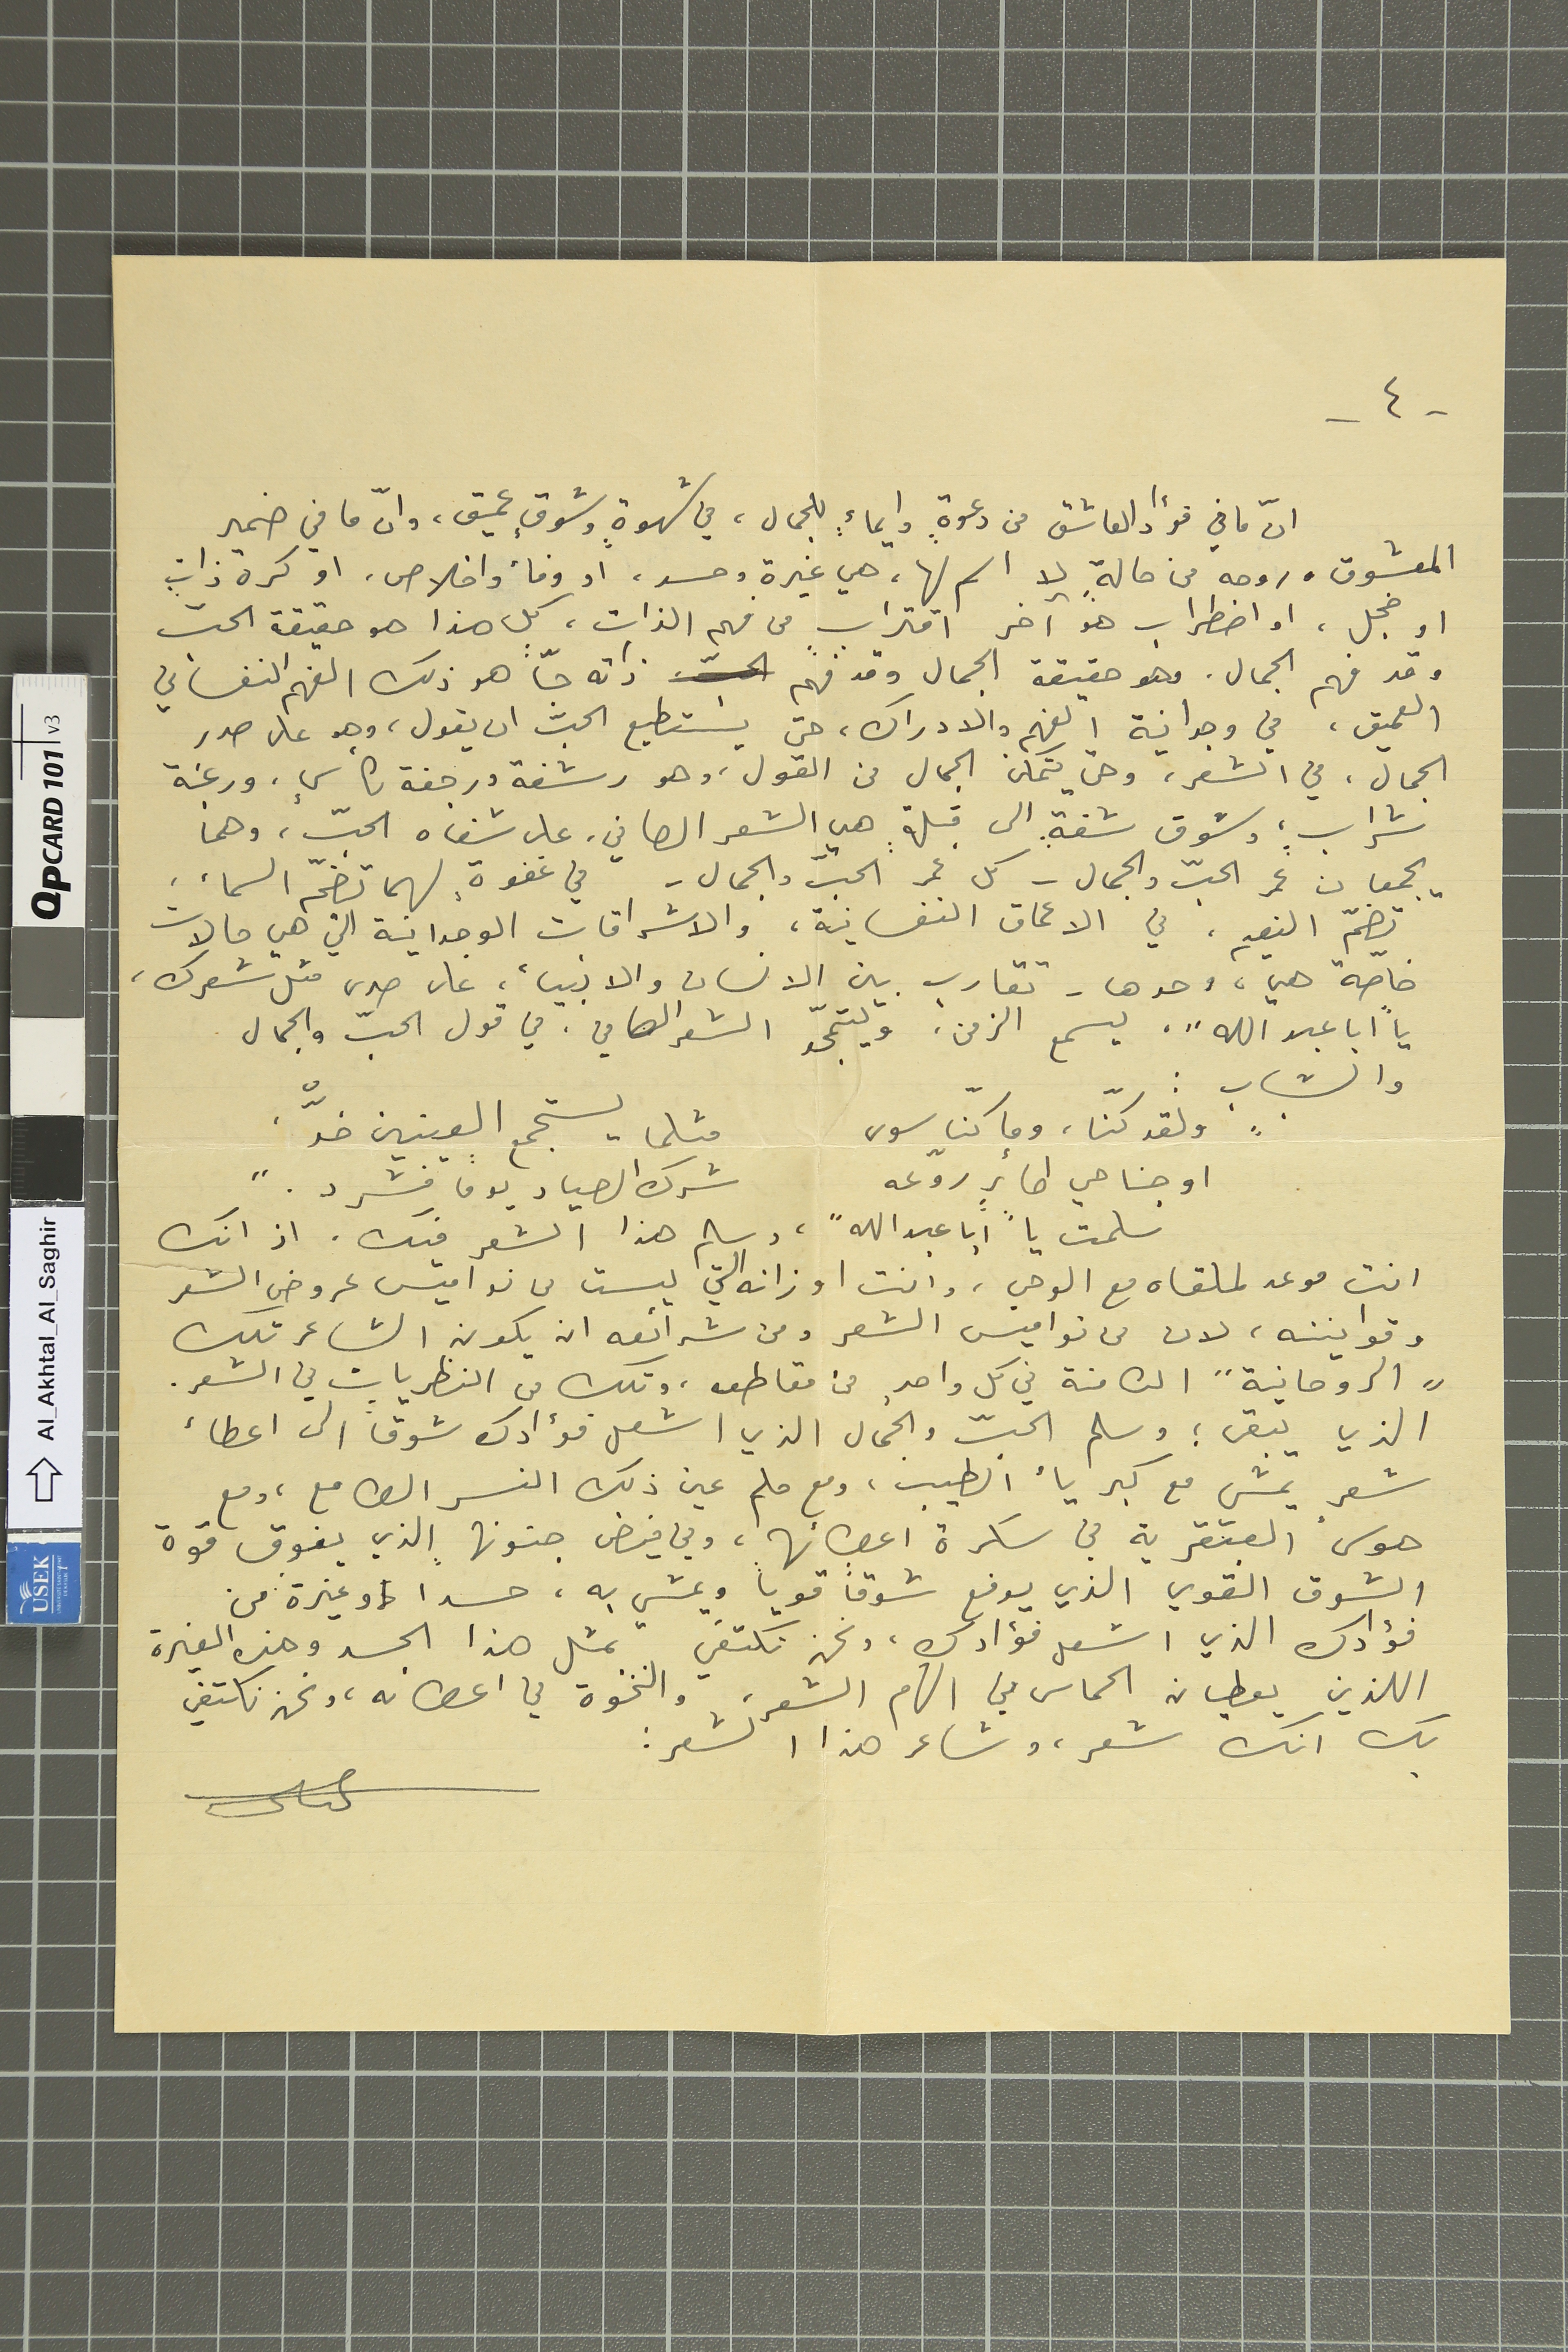
-٤-
انّ ما في فؤاد العاشق من دعوةٍ وايماءٍ للجمال، في شهوةٍ وشوقٍ عميق، وانّ ما في ضمير
المعشوق وروحه من حالةٍ لا اسم لها، هي غيرة وحسد، او وفاء واخلاص، او كره ذاتٍ
او خجل، او اضطراب هو آخر اقتراب ٍمن فهم الذات، كل هذا هو حقيقة الحبّ
وقد فهم الجمال. وهو حقيقة الجمال وقد فهم ذاته حبّاَ هو ذلك الفهم النفساني
الجمال، في الشعر، وحتى يتمكن الجمال من القول، وهو رشفة ورجفة لكأسٍ، ورغبة
شراب، وشوق شفةٍ الى قبلةٍ هي الشعر الصافي، على شفاه الحبّ، وهما
يجمعان عمر الحبّ والجمال - كل عمر الحبّ والجمال - في غفوةٍ لهما تضمّه السماء،
تضمّ النعيم، في الأعماق النفسانية، والاشراقات الوجدانية التي هي حالات
خاصّة هي، وحدها - تقارب بين الانسان والانبياء، على صدى مثل شعرك،
يا "ابا عبدالله"، يسمع الزمن، ويتمجّد الشعر الصافي. في قول الحبّ والجمال
والشباب :
" ولقد كنّا، وما كنّا سوى        مثلما يستجمع العينين ضدّ
او جناحي طائرٍ روّعه          شرك  الصياد يوماً فشرّد."
سلمت يا "ابا عبدلله"، وسلم هذا الشعر فيك. اذ انك
انت موعد لملقاه مع الوحي، وانت اوزانه التي ليست من نواميس عروض الشعر
وقوانينه، لان من نواميس الشعر ومن شرائعه ان يكون الشاعر تلك
"الروحانية" الكامنة في كل واحد, من مقاطعه، وتلك من النظريات في الشعر.
الذي يبقى ؛ وسلم الحبّ والجمال الذي اشعل فؤادك شوقاً الى اعطاء
شعرٍ يمشي مع كبرياء الطيب، ومع حلم عين ذلك النسر الطامع، ومع
هوس العبقرية في سكرة اعضائها، وفي فيض جنونها الذي يفوق قوة
الشوق القوي الذي يدفع شوقاً قوياً ويمشي به، حسداً و غيرة من
فؤادك الذي اشعل فؤادك، ونحن نكتفي بمثل هذا الجسد وهذه الغيرة
اللذين يعطيان الحماس في الهام الشعر، والنخوة في اعضائه، ونحن نكتفي
بك انك شعر، وشاعر هذا الشعر :
العميق، في وجدانية الفهم والادراك، حتى يستطيع الحبّ ان يقول، وهو على صدر